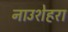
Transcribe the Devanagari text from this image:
नाउशेहरा